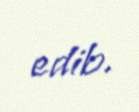
edib.